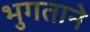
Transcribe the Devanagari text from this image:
भुगताने